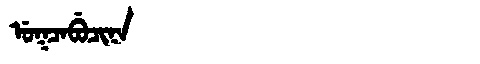
Manchu: ᡠᡴᠴᠠᠪᡠᠴᡳᠨᠠ
Romanization: UKCABUCINA